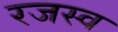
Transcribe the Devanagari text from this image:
रजस्व